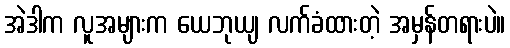
အဲဒါက လူအများက ယေဘုယျ လက်ခံထားတဲ့ အမှန်တရားပဲ။